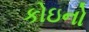
કોઇનો